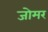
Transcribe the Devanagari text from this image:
जोमर